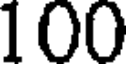
100